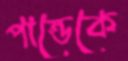
পান্ডেকে